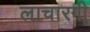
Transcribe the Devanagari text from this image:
लाचारगी